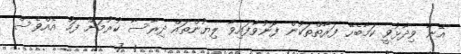
އޭނާ ވިދާޅުވީ ކަމާބެހޭ ފަރާތްތަކުން ފޮނުވާފައިވާ ލިޔުންތައް ދިރާސާ ކުރުމަށް ފަހު އެއްވެސް